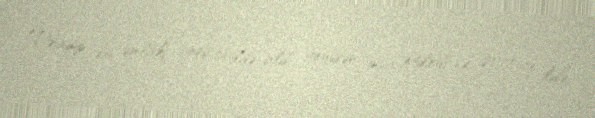
Tramp bu əmlakı 1996-cı ildə aldı, yenidən inşa etdirdi və 2017-ci ildə